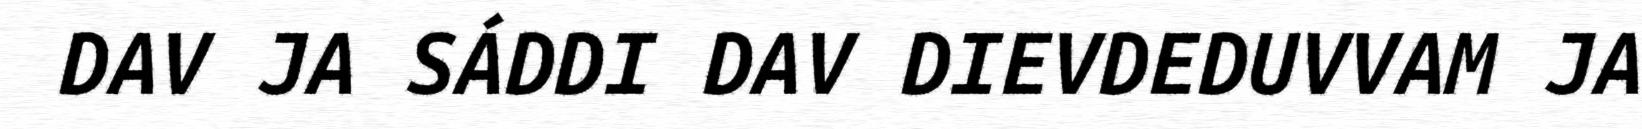
DAV JA SÁDDI DAV DIEVDEDUVVAM JA